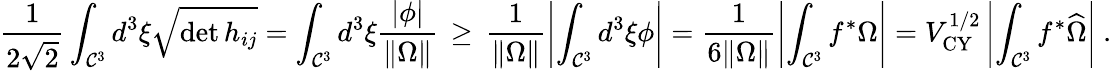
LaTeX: {\frac{1}{2\sqrt{2}}}\int_{{\cal C}^{3}}d^{3}\xi\sqrt{\operatorname*{det}h_{ij}}=\int_{{\cal C}^{3}}d^{3}\xi\frac{|\phi|}{\| \Omega\| }\, \geq\, \frac{1}{\| \Omega\| }\left|\int_{{\cal C}^{3}}d^{3}\xi\phi\right|=\frac{1}{6\| \Omega\| }\left|\int_{{\cal C}^{3}}f^{*}\Omega\right|=V_{\mathrm{CY}}^{1/2}\left|\int_{{\cal C}^{3}}f^{*}\widehat{\Omega}\right|\ .